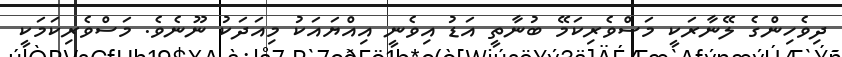
ދިވެހިންގެ ލޭނާރަކީ މަސްވެރިކަމޭ ބުނާތީ އަޑު އިވެނީ އިއްޔައަކު މިއަދަކު ނޫނެވެ. މަސްވެރިކަމަކީ